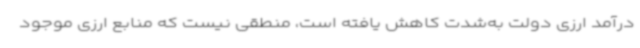
درآمد ارزی دولت به‌شدت کاهش یافته است، منطقی نیست که منابع ارزی موجود